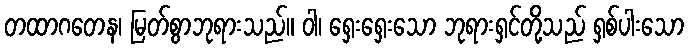
တထာဂတေန၊ မြတ်စွာဘုရားသည်။ ဝါ၊ ရှေးရှေးသော ဘုရားရှင်တို့သည် ရှစ်ပါးသော